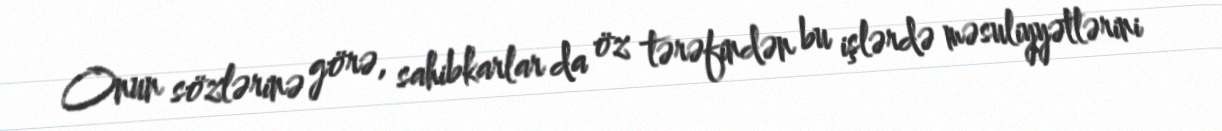
Onun sözlərinə görə, sahibkarlar da öz tərəfindən bu işlərdə məsuliyyətlərini